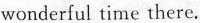
wonderful time there.